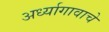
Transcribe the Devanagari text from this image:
अर्ध्यागावाचे